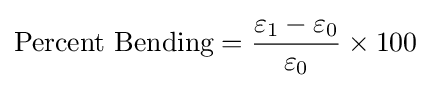
{\text{Percent Bending}}={\frac {\varepsilon _{1}-\varepsilon _{0}}{\varepsilon _{0}}}\times 100